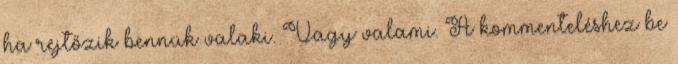
ha rejtőzik bennük valaki. Vagy valami. A kommenteléshez be